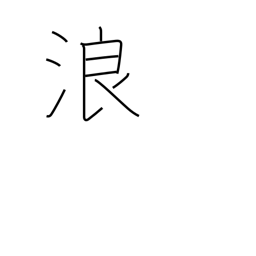
Meaning: wandering